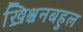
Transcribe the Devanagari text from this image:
ख्रिश्चनबहुल